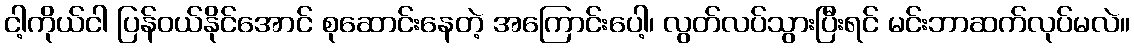
ငါ့ကိုယ်ငါ ပြန်ဝယ်နိုင်အောင် စုဆောင်းနေတဲ့ အကြောင်းပေါ့၊ လွတ်လပ်သွားပြီးရင် မင်းဘာဆက်လုပ်မလဲ။